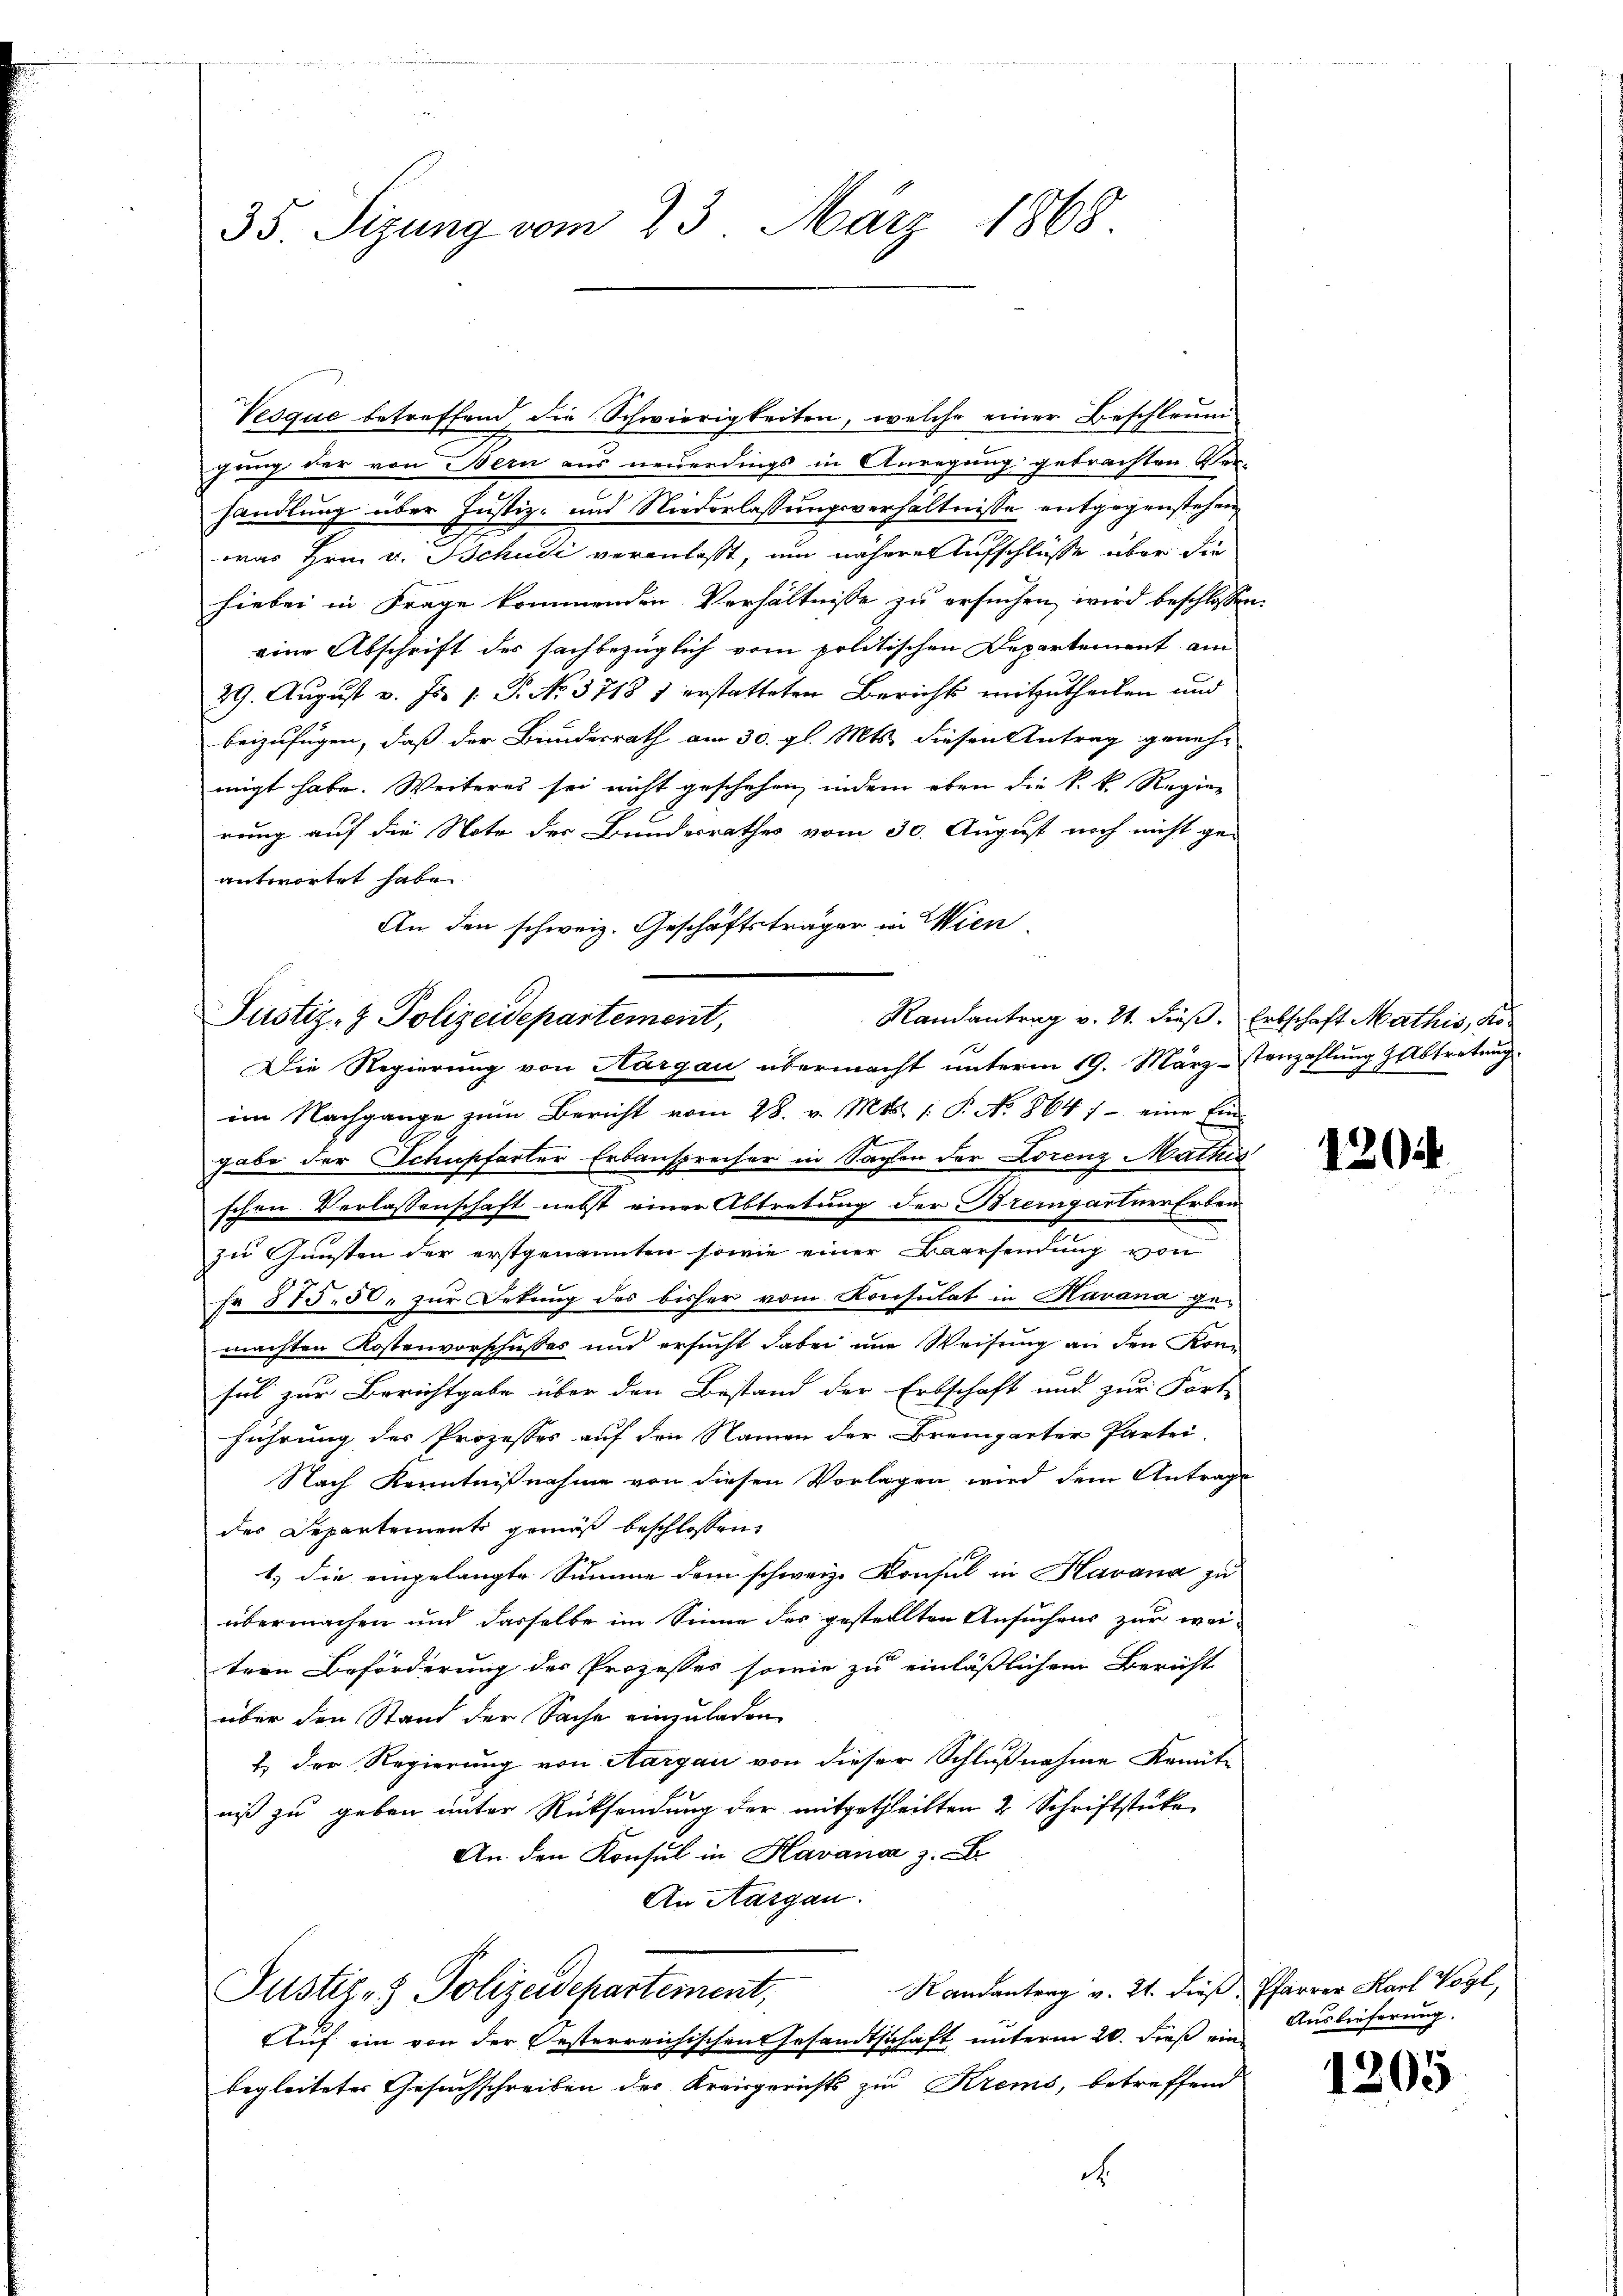
35. Sizung vom 23. März 1868

Veoque betreffend die Schwierigkeiten, welche einer Beschleum
hung der von Bern aus neuerdings in Anregung gebrachten Ver-
handlung über Justiz- und Niederlassungsverhältnisse entgegenstehen
was Hrn. v. Schudi veranlasst, um nähere Aufschlüsse über die
hiebei in Frage kommenden Verhältnisse zu ersuchen wird beschlossen
eine Abschrift des sachbezüglich vom politischen Departement am
29. August v. Js. 1. P. No. 3718 1 erstatteten Berichts mitzutheilen und
beizufügen, daß der Bundesrath am 30. gl. Mts. diesen Antrag genehmigt habe. Weiteres sei nicht geschehen, indem eben die k. k. Regier
rung auf die Note der Bundesrathes vom 30. August noch nicht ge-
antwortet habe.
An den schweiz. Geschäftsträger in Wien
Randantrag v. 21. dieß. Erbschaft Mathis, Ko¬
Die Regierung von Aargau übermacht unterm 19. März-stenzahlung abtretung
im Nachgange zum Bericht vom 28. v. Mts. 1. P. No. 864 ) - eine Ein-
gabe der Schupfarter Erbausprecher in Sachen der Lorenz Mathis
schen Verlassenschaft nebst einer Abtretung der Bremgartner Erben
zu Gunsten der erstgenannten sowie einer Baarsendung von
Fr 875. 50. zur Sekung des bisher vom Konsulat in Havana gemachten Kostenvorschusses und ersucht dabei und Weisung an den Konsul zur Berichtgabe über den Bestand der Erbschaft und zur Fort-
führung des Prozesses auf den Namen der Bremgarter Partei-
Nach Kenntnißnahme von diesen Vorlagen wird dem Antrage
des Departement gemäß beschlossen,
1.) die eingelangte Summe dem schweiz. Konsul in Havana zu
übermachen und dasselbe im Sinne des gestellten Ansuchens zur wei-
tern Beförderung der Prozesses sowie zu einläßlichem Bericht
über den Stand der Sache einzuladen
1) der Regierung von Aargau von dieser Schlußnahme Komit-
niß zu geben unter Rücksendung der mitgetheilten 2 Schriftstücke
An den Konsul in Havana z. B.
An Aargau.
Randantrag v. 24. dieß, Pfarrer Karl Vogl,
Justiz- & Polizeidepartement,
Auf ein von der Oesterreichischen Gesandtschaft unterm 20. dieß einbegleitetes Gesuchschreiben der Kreisgerichts zur Krems, betreffend
.

Justiz- & Polizeidepartement,

120

Auslieferung.

1305